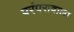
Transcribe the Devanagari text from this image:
परंपरावाला